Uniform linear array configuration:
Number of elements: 64
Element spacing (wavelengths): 1
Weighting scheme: uniform
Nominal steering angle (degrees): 30
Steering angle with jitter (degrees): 28.33
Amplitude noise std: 0.05
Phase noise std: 0.05

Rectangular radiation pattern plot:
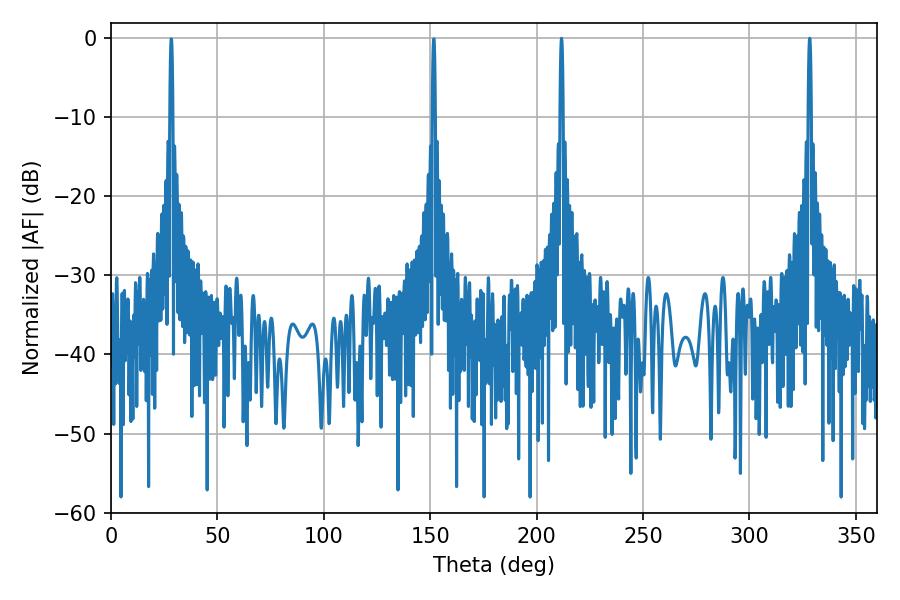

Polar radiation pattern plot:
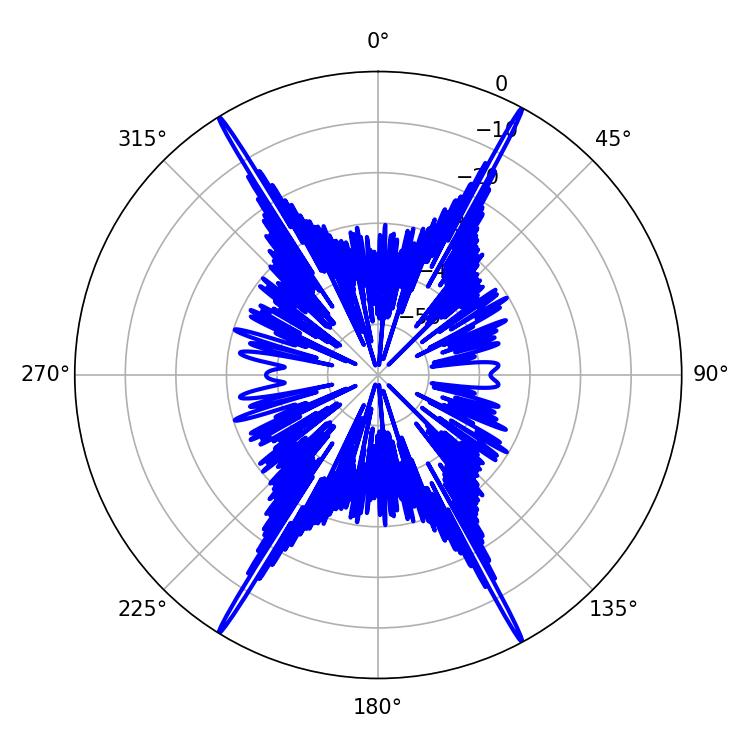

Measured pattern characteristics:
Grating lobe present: TRUE
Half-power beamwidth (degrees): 0.72
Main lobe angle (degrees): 211.68